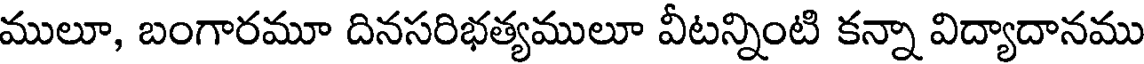
ములూ, బంగారమూ దినసరిభత్యములూ వీటన్నింటి కన్నా విద్యాదానము